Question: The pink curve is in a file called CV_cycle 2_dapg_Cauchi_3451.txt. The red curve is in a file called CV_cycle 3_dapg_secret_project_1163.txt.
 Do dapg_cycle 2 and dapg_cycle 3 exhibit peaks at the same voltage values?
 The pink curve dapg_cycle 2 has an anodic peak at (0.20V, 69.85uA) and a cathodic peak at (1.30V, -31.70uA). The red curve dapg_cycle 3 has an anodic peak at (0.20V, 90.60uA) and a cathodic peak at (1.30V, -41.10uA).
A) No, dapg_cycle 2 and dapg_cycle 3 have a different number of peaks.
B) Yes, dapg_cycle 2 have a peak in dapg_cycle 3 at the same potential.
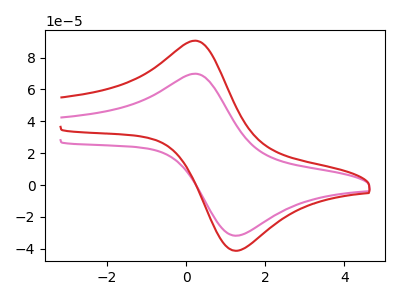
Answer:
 <answer>B) Yes, "dapg_cycle 2" have a peak in "dapg_cycle 3" at the same potential.</answer>
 <eval>B</eval>